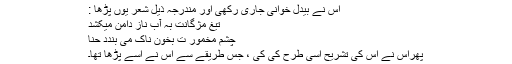
اس نے بیدل خوانی جاری رکھی اور مندرجہ ذیل شعر یوں پڑھا :
تیغ مژگانت بہ آب ناز دامن میکشد
چشم مخمور ت بخون ناک می بندد حنا
پھراس نے اس کی تشریح اُسی طرح کی کی ، جس طریقے سے اس نے اسے پڑھا تھا۔